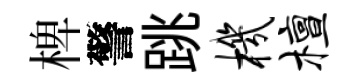
椑警跳机檀